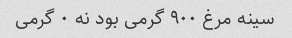
سینه مرغ ٩٠٠ گرمی بود نه ٠ گرمی